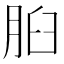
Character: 𦛓